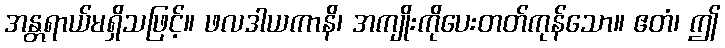
အန္တရာယ်မရှိသဖြင့်။ ဖလဒါယကာနိ၊ အကျိုးကိုပေးတတ်ကုန်သော။ ဧတံ၊ ဤ